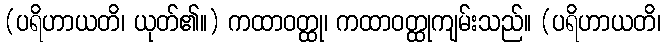
(ပရိဟာယတိ၊ ယုတ်၏။) ကထာဝတ္ထု၊ ကထာဝတ္ထုကျမ်းသည်။ (ပရိဟာယတိ၊